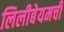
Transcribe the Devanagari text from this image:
लिलीबेयमची